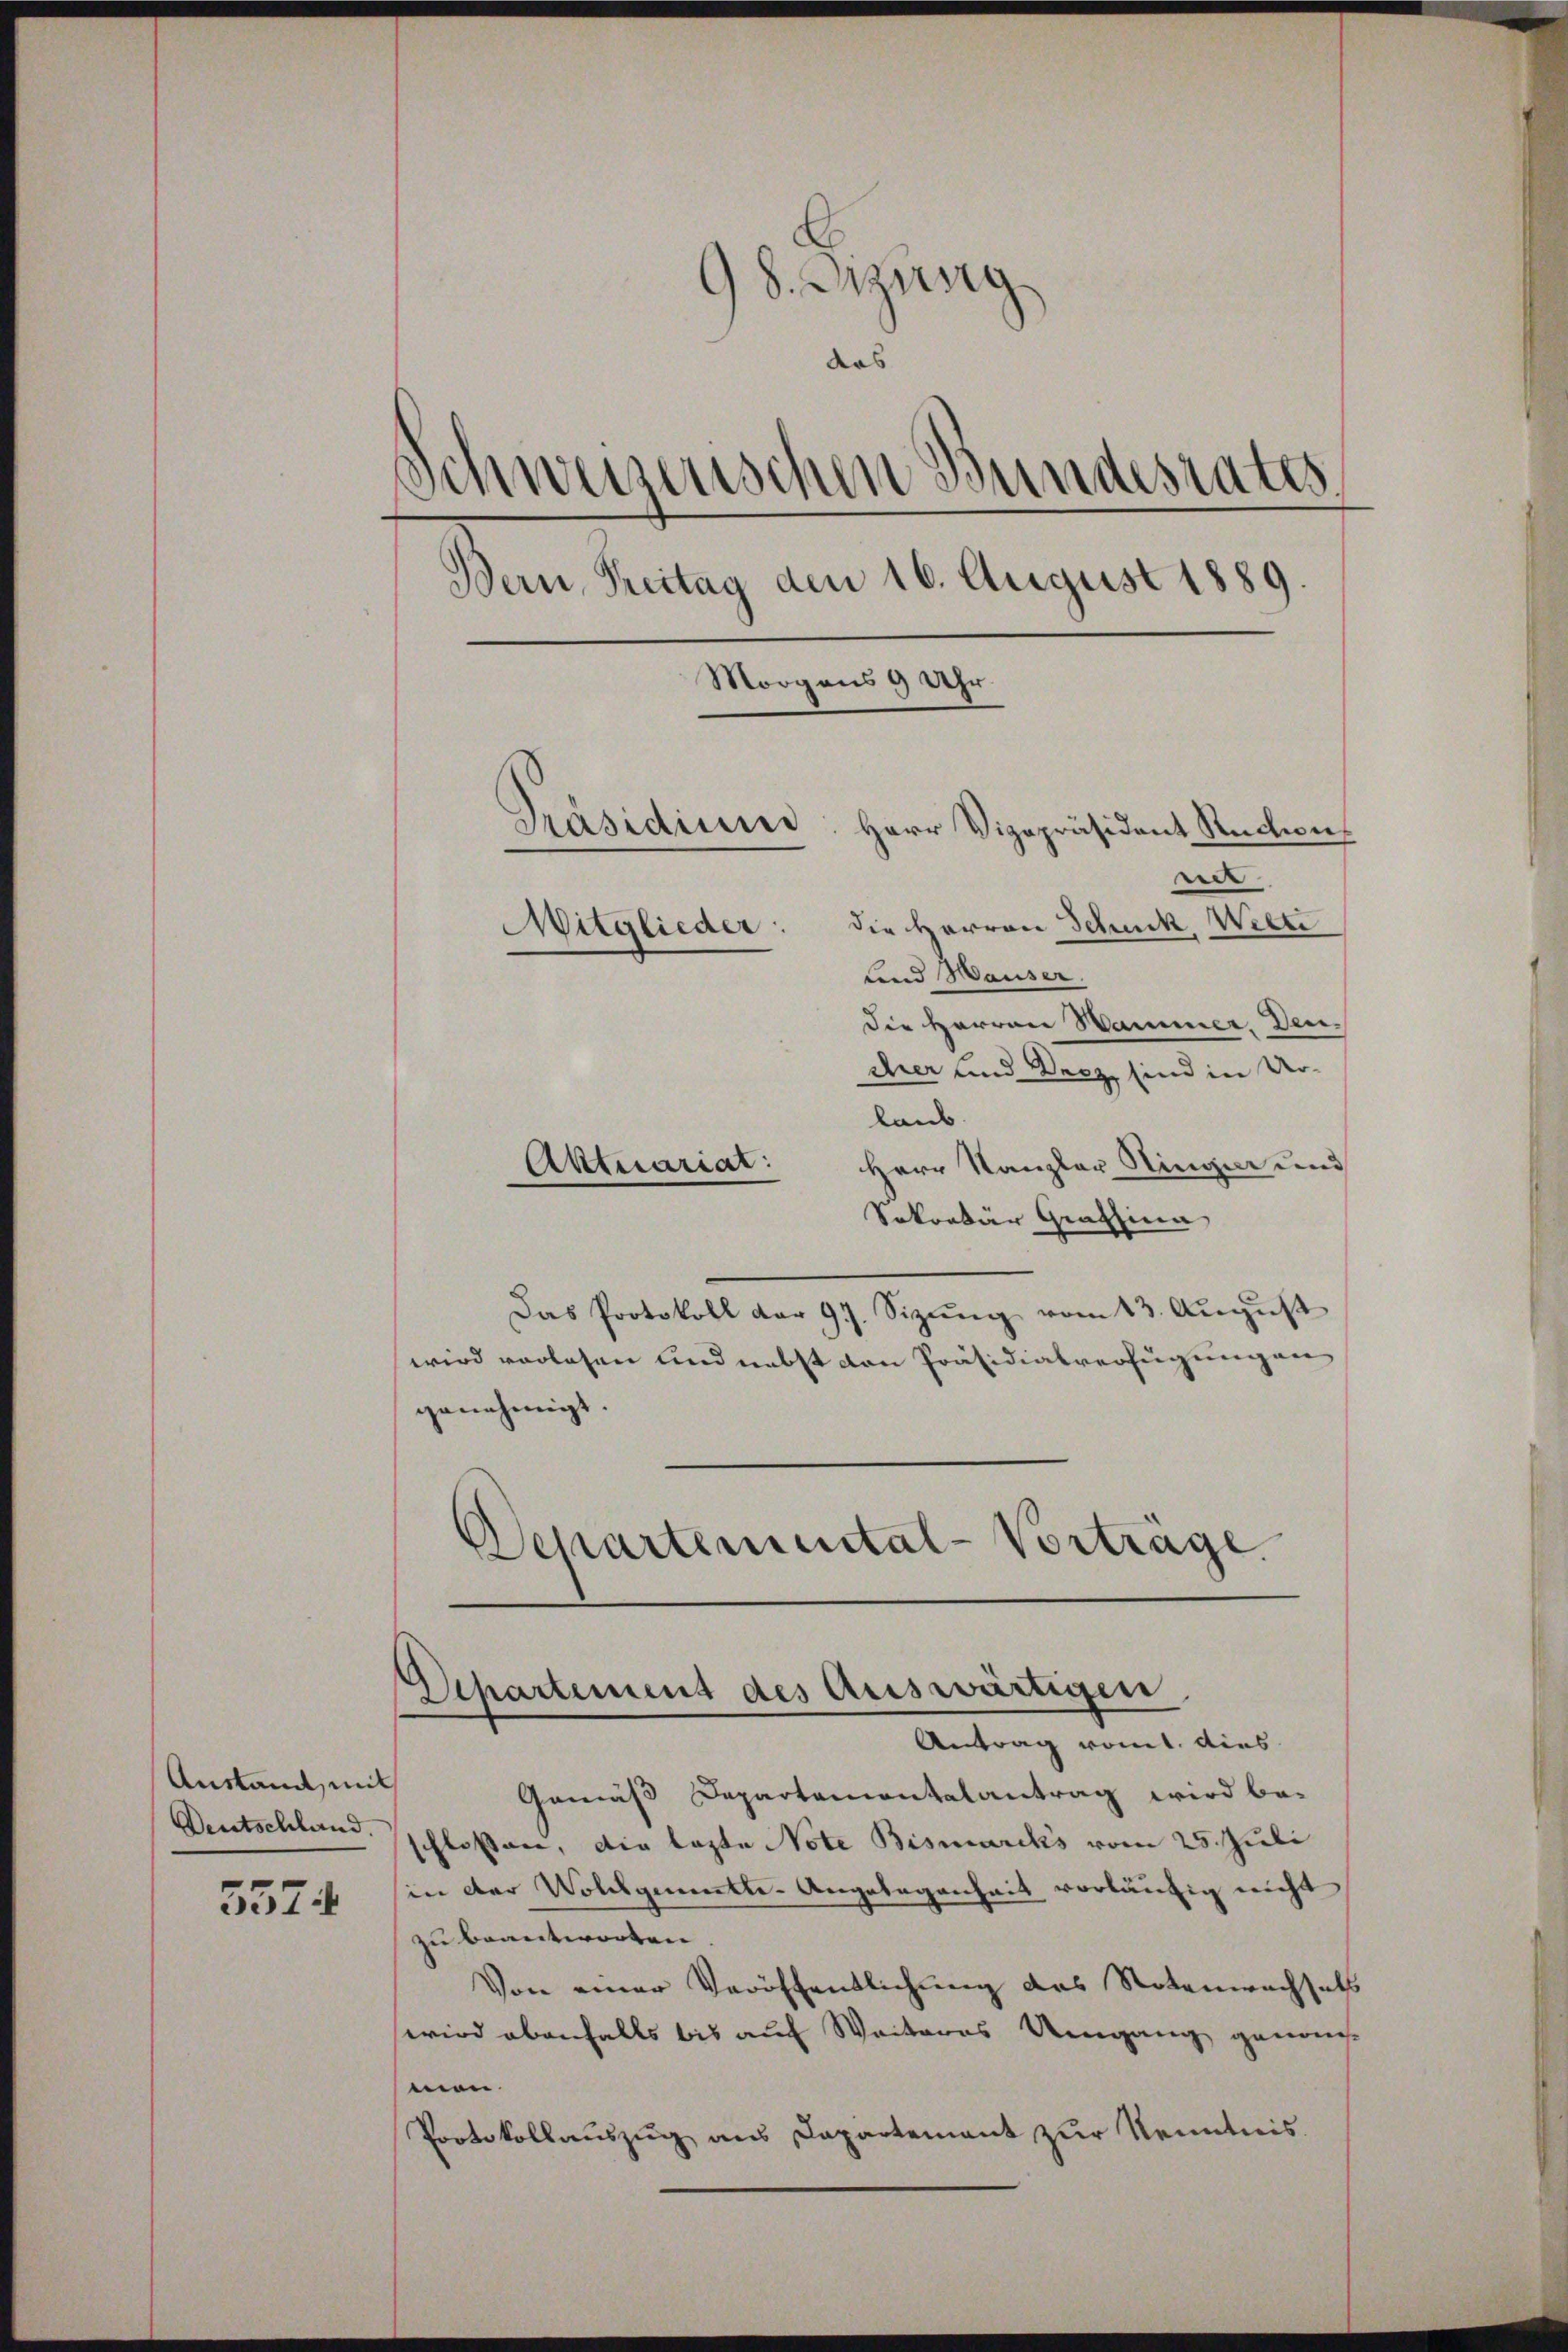
Austand, mit
Deutschland.

5574

98. Sitzung
das
en Bundesrates.
Schwerzens
Bern, Reitag den 16. August 1889.
Morgens 9 Uhr.
Präsidium. Herr Vizepräsident Rucken,
ner
Mitglieder: die Herren Schuck, Wette
Land Hauser.
Die Herren Wammer, Deu¬

cher und Secz, sind in Urlaub.
Herr Kanzler Ringer und
Sokorbär Grafsina
Das Protokoll dar 97. Sizŭng vom 13. Aŭgŭst
wird vorlesen und nebst von Präsidialverfügungen
genehmigt.
Departemental-Vorträge

Aktuariat:

Departement des Auswärtigen
Antrag romt dies

Gemäß Departamentalantrag wird be-
schlossen, die lezte Note Bismarcks vom 25. Juli
hin der Wollgementle-Angelegenheit vorläufig nicht
zu beantworten
Von einer Veröffentlichung des Notenwachsels
wird ebenfalls bis auf Weiteres Umgang genom-
mon
Protokollauszug aus Departement zur Kenntnis.